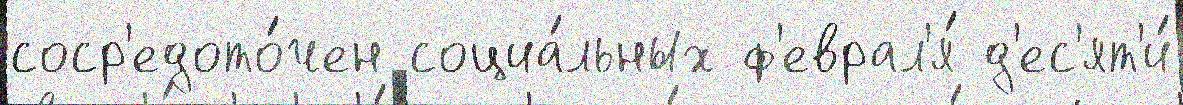
соср'едото́чен социа́льных ф'еврал'я́ д'ес'ят'и́